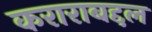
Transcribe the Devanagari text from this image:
कराराबद्दल